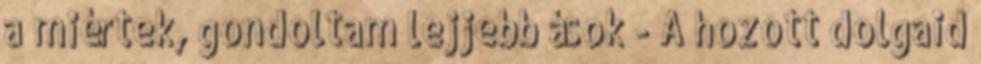
a miértek, gondoltam lejjebb ások - A hozott dolgaid